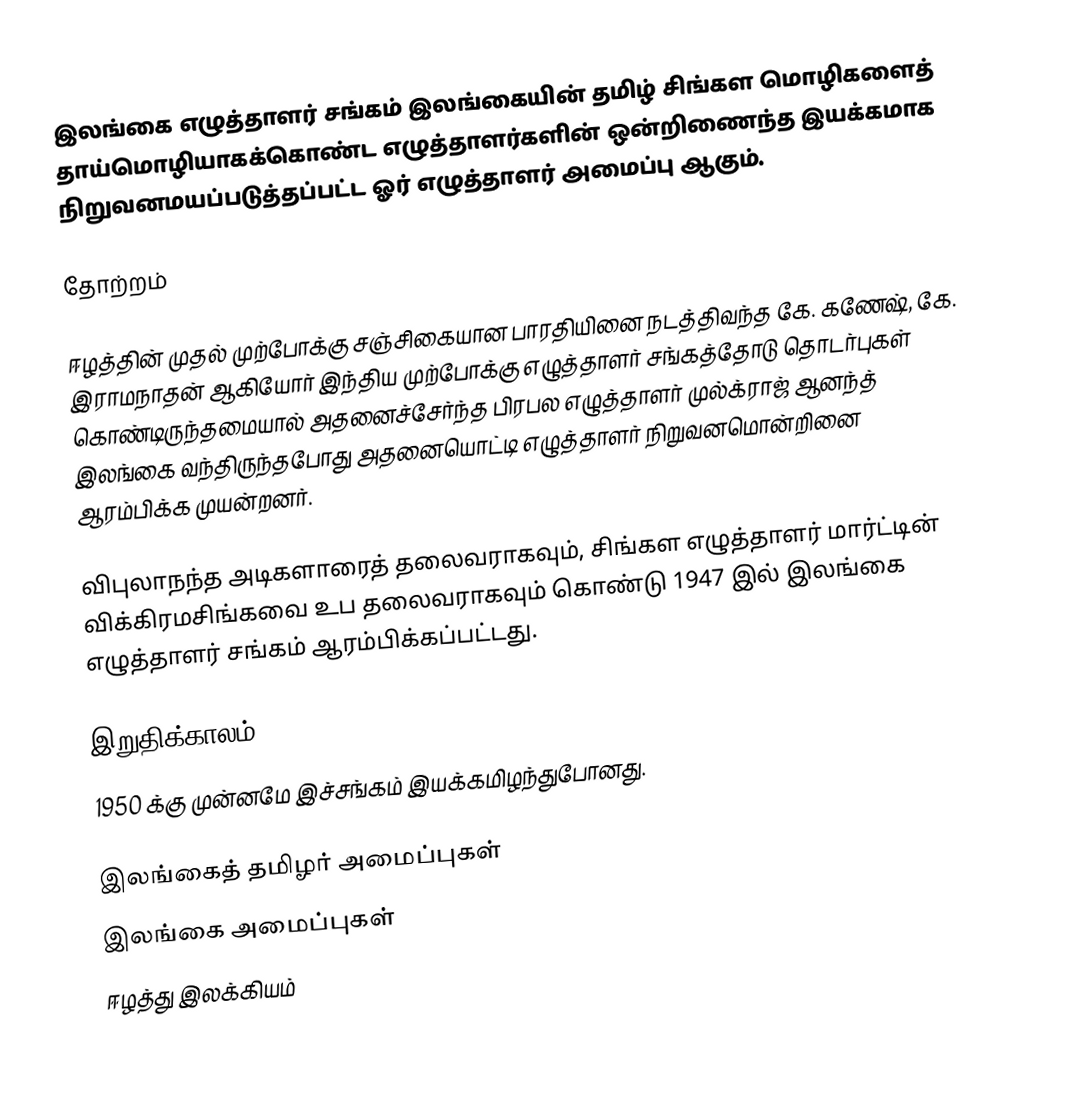
இலங்கை எழுத்தாளர் சங்கம் இலங்கையின் தமிழ் சிங்கள மொழிகளைத் தாய்மொழியாகக்கொண்ட எழுத்தாளர்களின் ஒன்றிணைந்த இயக்கமாக நிறுவனமயப்படுத்தப்பட்ட ஓர் எழுத்தாளர் அமைப்பு ஆகும்.

தோற்றம்

ஈழத்தின் முதல் முற்போக்கு சஞ்சிகையான பாரதியினை நடத்திவந்த கே. கணேஷ், கே. இராமநாதன் ஆகியோர் இந்திய முற்போக்கு எழுத்தாளர் சங்கத்தோடு தொடர்புகள் கொண்டிருந்தமையால் அதனைச்சேர்ந்த பிரபல எழுத்தாளர் முல்க்ராஜ் ஆனந்த் இலங்கை வந்திருந்தபோது அதனையொட்டி எழுத்தாளர் நிறுவனமொன்றினை ஆரம்பிக்க முயன்றனர்.

விபுலாநந்த அடிகளாரைத்  தலைவராகவும், சிங்கள எழுத்தாளர் மார்ட்டின் விக்கிரமசிங்கவை உப தலைவராகவும் கொண்டு 1947 இல் இலங்கை எழுத்தாளர் சங்கம் ஆரம்பிக்கப்பட்டது.

இறுதிக்காலம்
1950 க்கு முன்னமே இச்சங்கம் இயக்கமிழந்துபோனது.

இலங்கைத் தமிழர் அமைப்புகள்
இலங்கை அமைப்புகள்
ஈழத்து இலக்கியம்